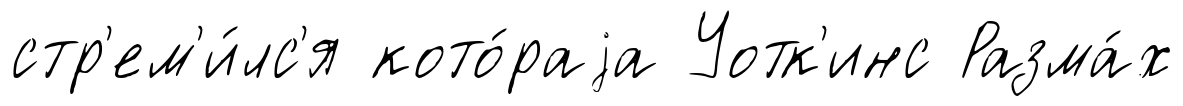
стр'ем'и́лс'я кото́раjа Уотк'инс Разма́х